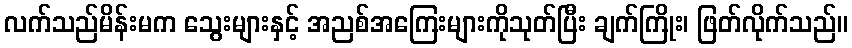
လက်သည်မိန်းမက သွေးများနှင့် အညစ်အကြေးများကိုသုတ်ပြီး ချက်ကြိုး၊ ဖြတ်လိုက်သည်။